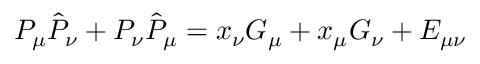
P _ { \mu } \hat { P } _ { \nu } + P _ { \nu } \hat { P } _ { \mu } = x _ { \nu } G _ { \mu } + x _ { \mu } G _ { \nu } + E _ { \mu \nu }